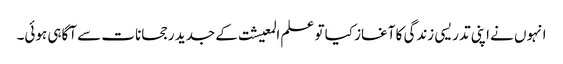
انہوں نے اپنی تدریسی زندگی کا آغاز کیا تو علم المعیشت کے جدید رجحانات سے آگاہی ہوئی۔